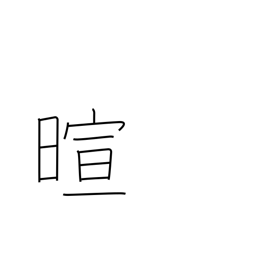
Meaning: warm weather